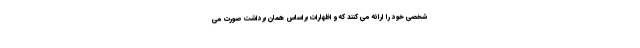
شخصی خود را ارائه می کنند که و اظهارات براساس همان برداشت صورت می